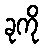
ခုကို